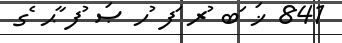
841 ޚަ ަބ ުރ ަފ ުހ ޞަ ުފ ާޙ ެގ